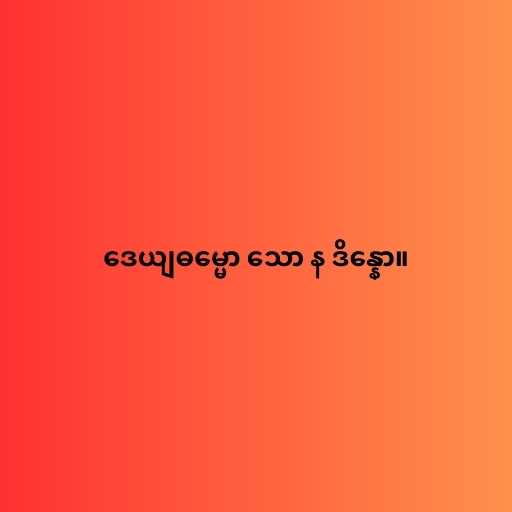
ဒေယျဓမ္မော သော န ဒိန္နော။